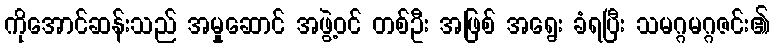
ကိုအောင်ဆန်းသည် အမှုဆောင် အဖွဲ့ဝင် တစ်ဦး အဖြစ် အရွေး ခံရပြီး သမဂ္ဂမဂ္ဂဇင်း၏